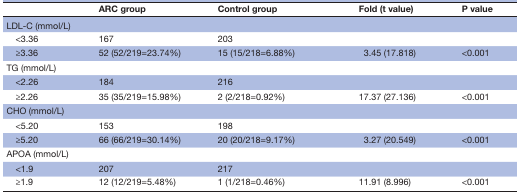
|  | ARC group | Control group | Fold (t value) | P value |
 | --- | --- | --- | --- | --- |
 | LDL-C (mmol/L) |  |  |  |  |
 | <3.36 | 167 | 203 |  |  |
 | ≥3.36 | 52 (52/219=23.74%) | 15 (15/218=6.88%) | 3.45 (17.818) | <0.001 |
 | TG (mmol/L) |  |  |  |  |
 | <2.26 | 184 | 216 |  |  |
 | ≥2.26 | 35 (35/219=15.98%) | 2 (2/218=0.92%) | 17.37 (27.136) | <0.001 |
 | CHO (mmol/L) |  |  |  |  |
 | <5.20 | 153 | 198 |  |  |
 | ≥5.20 | 66 (66/219=30.14%) | 20 (20/218=9.17%) | 3.27 (20.549) | <0.001 |
 | APOA (mmol/L) |  |  |  |  |
 | <1.9 | 207 | 217 |  |  |
 | ≥1.9 | 12 (12/219=5.48%) | 1 (1/218=0.46%) | 11.91 (8.996) | <0.001 |